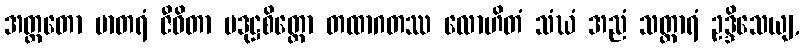
အတ္တတော မာတရံ ဇီဝိတာ ပဒုဋ္ဌစိတ္တော တထာဂတဿ လောဟိတံ သံဃံ အညံ သတ္ထာရံ ဥဒ္ဒိသေယျ,